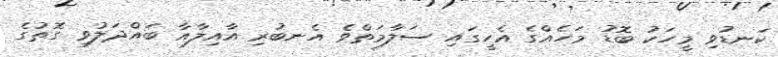
ކަނޑުވި މީހަކު ބޮޑު މަހެއްގެ އެހީގައި ސަލާމަތްވެ އެނބުރި އާއިލާއާ ބައްދަލުވި ގޮތުގެ